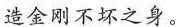
造金刚不坏之身。